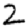
Digit: 2